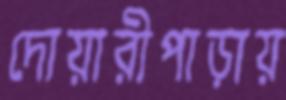
দোয়ারীপাড়ায়